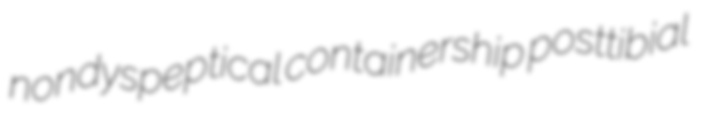
nondyspeptical containership posttibial